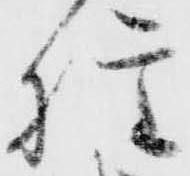
権